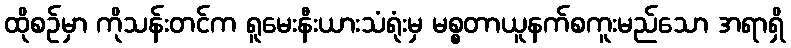
ထိုစဉ်မှာ ကိုသန်းတင်က ရူမေးနီးယားသံရုံးမှ မစ္စတာယူနက်စကူးမည်သော အရာရှိ